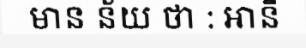
មាន ន័យ ថា : អានី